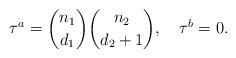
LaTeX: \begin{align*}\tau^a ={n_1 \choose d_1} {n_2 \choose d_2+1}, ~~~\tau^b=0. \end{align*}